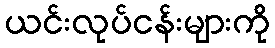
ယင်းလုပ်ငန်းများကို